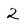
Character: 2